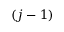
( j - 1 )